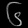
Digit: ၆